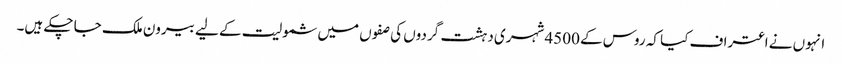
انہوں نے اعتراف کیا کہ روس کے 4500 شہری دہشت گردوں کی صفوں میں شمولیت کے لیے بیرون ملک جا چکے ہیں۔